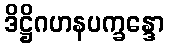
ဒိဋ္ဌိဂဟနပက္ခန္ဒော